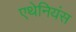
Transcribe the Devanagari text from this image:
एथेनियंस